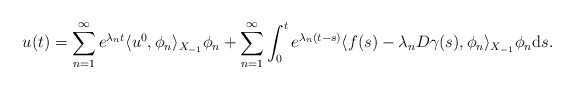
\begin{align*}u(t) = \sum_{n = 1}^{\infty} e^{\lambda_{n} t} \langle u^{0}, \phi_{n}\rangle_{X_{-1}} \phi_{n}+ \sum_{n = 1}^{\infty} \int_{0}^{t} e^{\lambda_{n} (t - s)} \langle f(s) - \lambda_{n} D \gamma(s), \phi_{n}\rangle_{X_{-1}} \phi_{n} \mathrm{d}s. \end{align*}